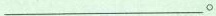
___。